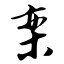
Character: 栾